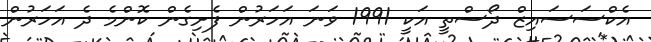
އެކްސަސައިޒް ދޯސްތީ އަކީ 1991 ވަނަ އަހަރުން ފެށިގެން ކޮންމެ ދެ އަހަރުން